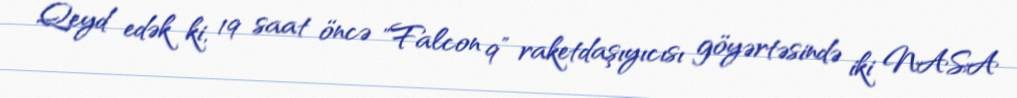
Qeyd edək ki, 19 saat öncə "Falcon 9” raketdaşıyıcısı göyərtəsində iki NASA